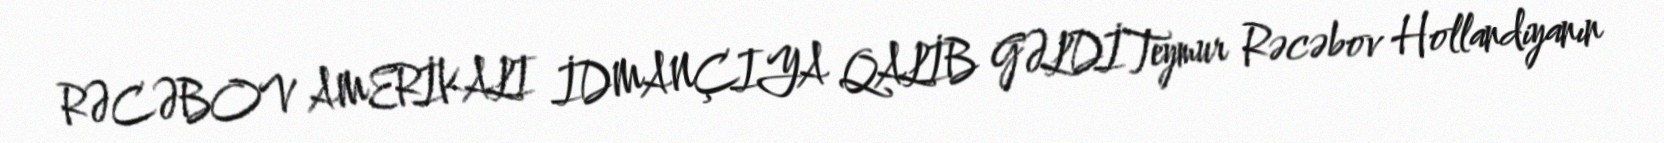
RƏCƏBOV AMERİKALI İDMANÇIYA QALİB GƏLDİTeymur Rəcəbov Hollandiyanın